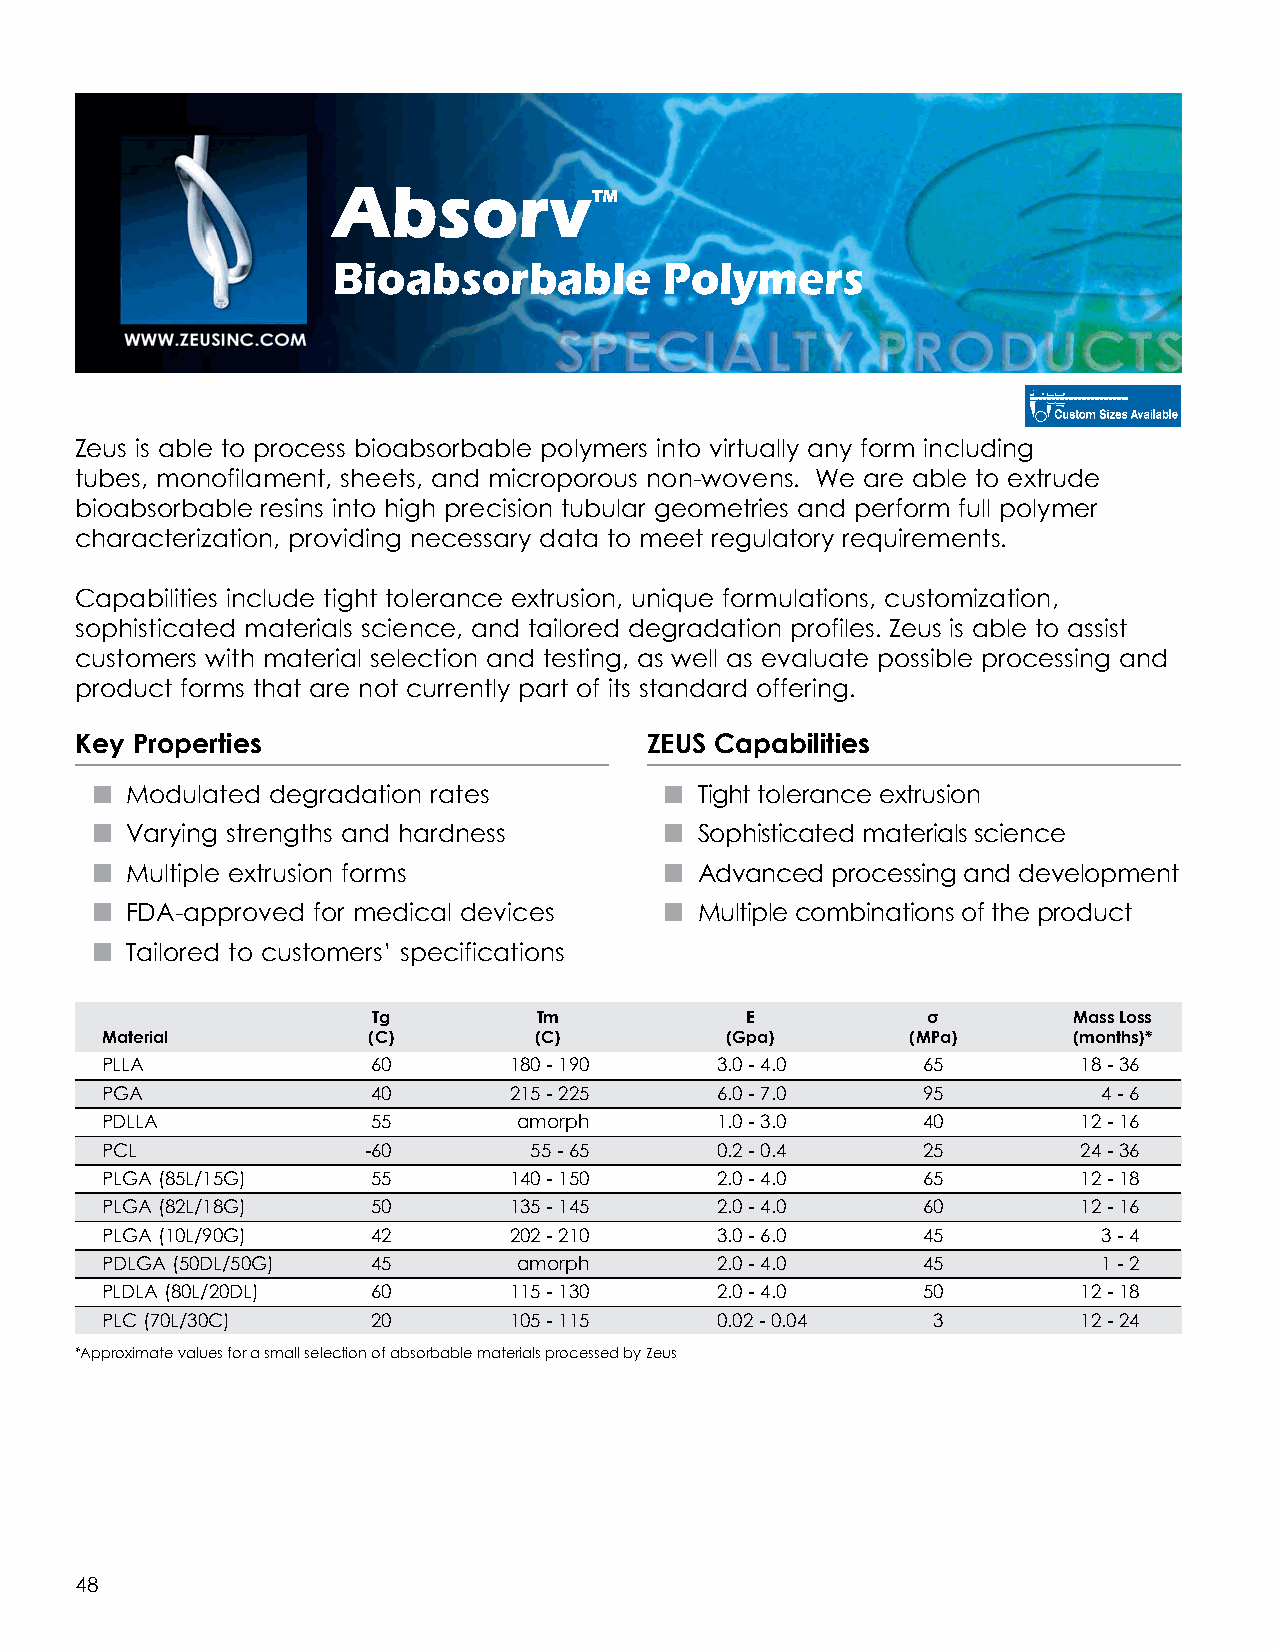
Absorv
 ™
 Bioabsorbable         Polymers
 Zeus is able to process bioabsorbable polymers into virtually any form including
 tubes, monofilament, sheets, and microporous non-wovens. We are able to extrude
 bioabsorbable resins into high precision tubular geometries and perform full polymer
 characterization, providing necessary data to meet regulatory requirements.
 Capabilities include tight tolerance extrusion, unique formulations, customization,
 sophisticated materials science, and tailored degradation profiles. Zeus is able to assist
 customers with material selection and testing, as well as evaluate possible processing and
 product forms that are not currently part of its standard offering.
 Key Properties                        ZEUS Capabilities
 n Modulated degradation rates         n Tight tolerance extrusion
 n Varying strengths and hardness      n Sophisticated materials science
 n Multiple extrusion forms            n Advanced processing and development
 n FDA-approved for medical devices    n Multiple combinations of the product
 n Tailored to customers’ specifications
 Tg         Tm           E           σ         Mass Loss
 Material         (C)        (C)          (Gpa)       (MPa)      (months)*
 PLLA              60       180 - 190    3.0 - 4.0     65         18 - 36
 PGA               40       215 - 225    6.0 - 7.0     95          4 - 6
 PDLLA             55       amorph       1.0 - 3.0     40         12 - 16
 PCL              -60        55 - 65     0.2 - 0.4     25         24 - 36
 PLGA (85L/15G)    55       140 - 150    2.0 - 4.0     65         12 - 18
 PLGA (82L/18G)    50       135 - 145    2.0 - 4.0     60         12 - 16
 PLGA (10L/90G)    42       202 - 210    3.0 - 6.0     45          3 - 4
 PDLGA (50DL/50G)  45       amorph       2.0 - 4.0     45          1 - 2
 PLDLA (80L/20DL)  60       115 - 130    2.0 - 4.0     50         12 - 18
 PLC (70L/30C)     20       105 - 115    0.02 - 0.04    3         12 - 24
 *Approximate values for a small selection of absorbable materials processed by Zeus
 48